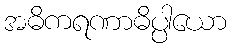
အဓိကရဏာဓိပ္ပါယော